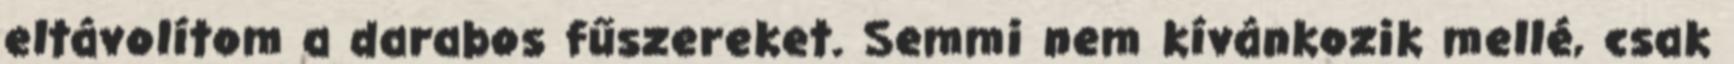
eltávolítom a darabos fűszereket. Semmi nem kívánkozik mellé, csak